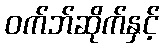
ဝက်ဘ်ဆိုက်နှင့်